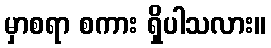
မှာစရာ စကား ရှိပါသလား။